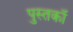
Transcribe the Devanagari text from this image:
पुस्तकॉ